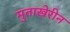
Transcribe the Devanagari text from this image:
मुताखेरीन